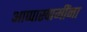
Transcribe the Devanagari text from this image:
आप्पास्‍वामींना